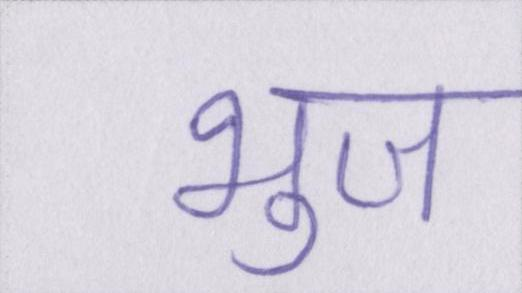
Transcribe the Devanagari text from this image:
भुज